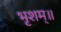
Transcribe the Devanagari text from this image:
भृशम्॥